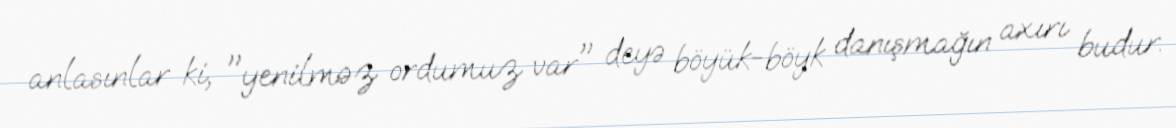
anlasınlar ki, "yenilməz ordumuz var" deyə böyük-böyk danışmağın axırı budur.